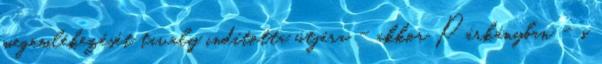
megemlékezését tavaly indította útjára - akkor Párkányban - s